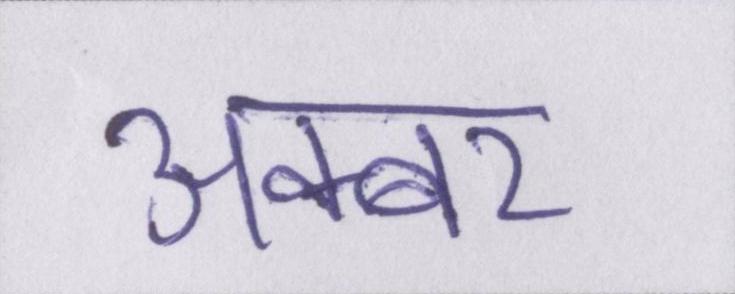
अक्बर